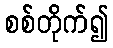
စစ်တိုက်၍